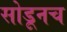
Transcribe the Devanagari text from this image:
सोडूनच